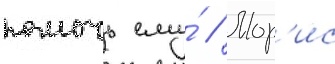
помочь ему́ // Мор'ис